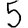
Digit: 5